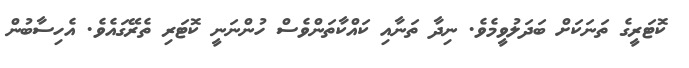
ކޮޓަރީގެ ތަނަކަށް ބަދަލުވީމެވެ. ނިދާ ތަނާއި ކައްކާތަންވެސް ހުންނަނީ ކޮޓަރި ތެރޭގައެވެ. އެހިސާބުން